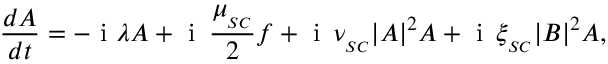
\frac { d A } { d t } = - \mathrm { ~ i ~ } \lambda A + \mathrm { ~ i ~ } \, \frac { \mu _ { _ { S C } } } { 2 } f + \mathrm { ~ i ~ } \, \nu _ { _ { S C } } | A | ^ { 2 } A + \mathrm { ~ i ~ } \, \xi _ { _ { S C } } | B | ^ { 2 } A ,